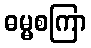
ဓမ္မစကြာ